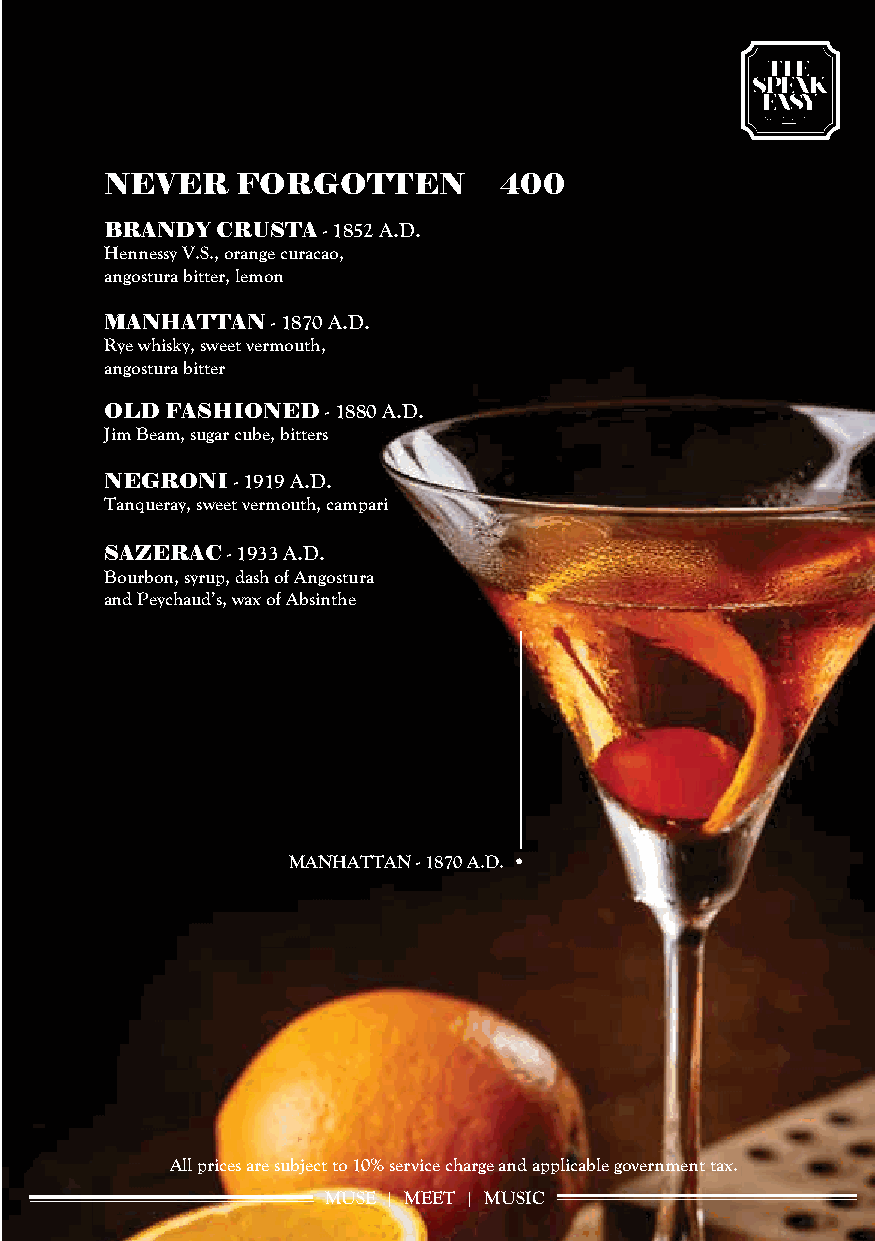
NEVER    FORGOTTEN        400
 BRANDY CRUSTA - 1852 A.D.
 Hennessy V.S., orange curacao,
 angostura bitter, lemon
 MANHATTAN  - 1870 A.D.
 Rye whisky, sweet vermouth,
 angostura bitter
 OLD FASHIONED  - 1880 A.D.
 Jim Beam, sugar cube, bitters
 NEGRONI - 1919 A.D.
 Tanqueray, sweet vermouth, campari
 SAZERAC - 1933 A.D.
 Bourbon, syrup, dash of Angostura
 and Peychaud’s, wax of Absinthe
 MANHATTAN - 1870 A.D.
 All prices are subject to 10% service charge and applicable government tax.
 MUSE | MEET | MUSIC